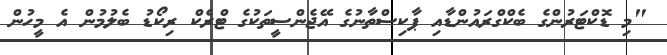
"މި ޑޮކްޓަރުންގެ ބެކްގްރައުންޑާއި ޕާކިސްތާނުގެ އޭޖެންސީތަކުގެ ޓްރެކް ރިކޯޑު ބެލުމުން އެ މީހުން